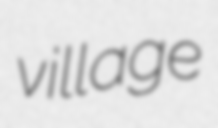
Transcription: village